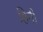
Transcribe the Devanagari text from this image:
हिनी